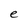
Character: e